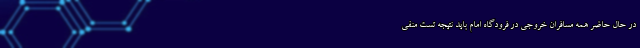
در حال حاضر همه مسافران خروجی در فرودگاه امام باید نتیجه تست منفی